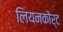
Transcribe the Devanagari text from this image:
लियनकोर्ट